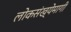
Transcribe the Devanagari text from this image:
लोकसंख्येमागी